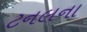
ટનલના